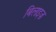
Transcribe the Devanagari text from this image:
बिलाइज़